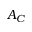
A _ { C }